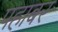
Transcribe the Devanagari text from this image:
पहाबर